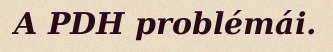
A PDH problémái.